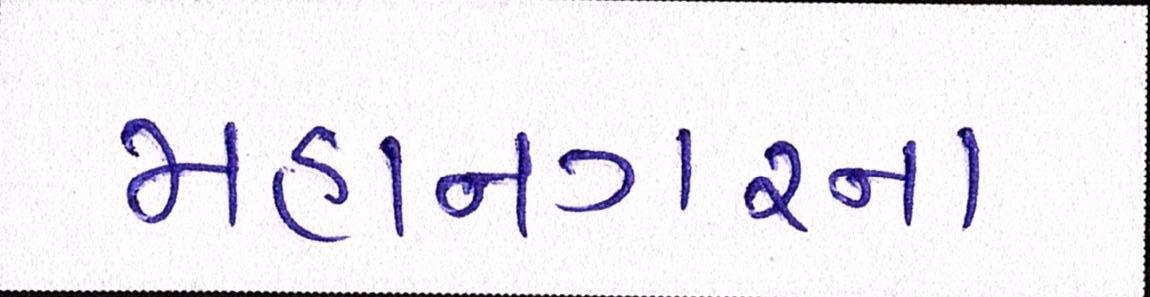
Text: મહાનગરના